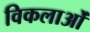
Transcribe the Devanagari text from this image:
विकलाओं